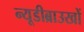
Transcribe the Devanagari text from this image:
न्यूडीब्राउखों